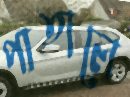
পাতালে